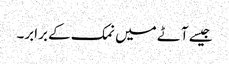
جیسے آٹے میں نمک کے برابر۔